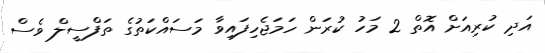
އަދި ކުރިއަށް އޮތް 2 މަހު ކުރަން ހަމަޖެހިފައިވާ މަސައްކަތުގެ ތަފްސީލް ވެސް